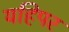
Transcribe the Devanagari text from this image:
यहिपर